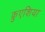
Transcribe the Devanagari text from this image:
क्रुएशिया